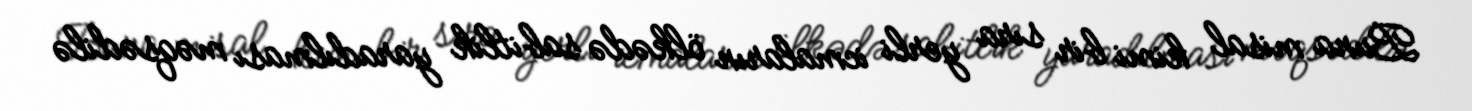
Buna misal kimi bir sıra yerli icmaların ölkədə sabitlik yaradılması məqsədilə